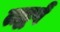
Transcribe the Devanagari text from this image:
तद्वर्षं